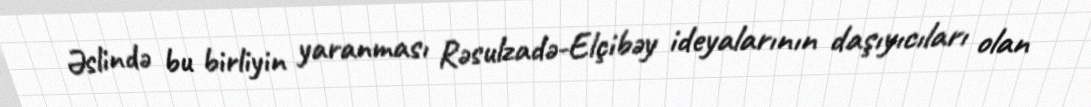
Əslində bu birliyin yaranması Rəsulzadə-Elçibəy ideyalarının daşıyıcıları olan